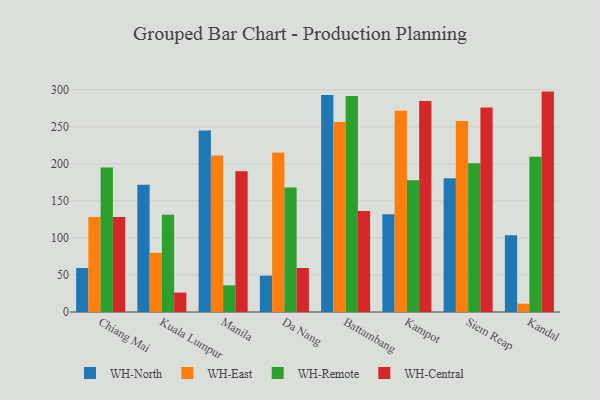
{"axis": {"x": "City", "y": "Tickets Resolved"}, "legend": ["WH-Central", "WH-East", "WH-North", "WH-Remote"], "data": [{"x": "Chiang Mai", "y": 59.3, "type": "WH-North"}, {"x": "Chiang Mai", "y": 128.4, "type": "WH-East"}, {"x": "Chiang Mai", "y": 195.0, "type": "WH-Remote"}, {"x": "Chiang Mai", "y": 128.4, "type": "WH-Central"}, {"x": "Kuala Lumpur", "y": 171.9, "type": "WH-North"}, {"x": "Kuala Lumpur", "y": 79.9, "type": "WH-East"}, {"x": "Kuala Lumpur", "y": 131.3, "type": "WH-Remote"}, {"x": "Kuala Lumpur", "y": 26.2, "type": "WH-Central"}, {"x": "Manila", "y": 244.9, "type": "WH-North"}, {"x": "Manila", "y": 211.1, "type": "WH-East"}, {"x": "Manila", "y": 36.0, "type": "WH-Remote"}, {"x": "Manila", "y": 189.9, "type": "WH-Central"}, {"x": "Da Nang", "y": 49.0, "type": "WH-North"}, {"x": "Da Nang", "y": 215.4, "type": "WH-East"}, {"x": "Da Nang", "y": 168.0, "type": "WH-Remote"}, {"x": "Da Nang", "y": 59.4, "type": "WH-Central"}, {"x": "Battambang", "y": 293.0, "type": "WH-North"}, {"x": "Battambang", "y": 256.6, "type": "WH-East"}, {"x": "Battambang", "y": 291.5, "type": "WH-Remote"}, {"x": "Battambang", "y": 136.4, "type": "WH-Central"}, {"x": "Kampot", "y": 131.8, "type": "WH-North"}, {"x": "Kampot", "y": 271.7, "type": "WH-East"}, {"x": "Kampot", "y": 178.0, "type": "WH-Remote"}, {"x": "Kampot", "y": 284.8, "type": "WH-Central"}, {"x": "Siem Reap", "y": 180.5, "type": "WH-North"}, {"x": "Siem Reap", "y": 257.7, "type": "WH-East"}, {"x": "Siem Reap", "y": 200.8, "type": "WH-Remote"}, {"x": "Siem Reap", "y": 276.0, "type": "WH-Central"}, {"x": "Kandal", "y": 103.6, "type": "WH-North"}, {"x": "Kandal", "y": 11.2, "type": "WH-East"}, {"x": "Kandal", "y": 209.6, "type": "WH-Remote"}, {"x": "Kandal", "y": 297.5, "type": "WH-Central"}]}